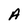
Character: A